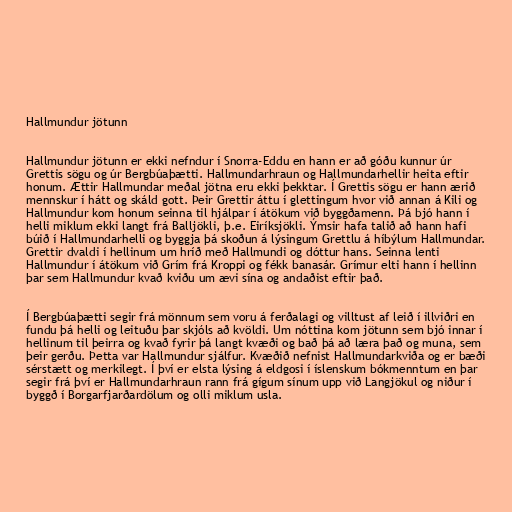
Hallmundur jötunn

Hallmundur jötunn er ekki nefndur í Snorra-Eddu en hann er að góðu kunnur úr
Grettis sögu og úr Bergbúaþætti. Hallmundarhraun og Hallmundarhellir heita eftir
honum. Ættir Hallmundar meðal jötna eru ekki þekktar. Í Grettis sögu er hann ærið
mennskur í hátt og skáld gott. Þeir Grettir áttu í glettingum hvor við annan á Kili og
Hallmundur kom honum seinna til hjálpar í átökum við byggðamenn. Þá bjó hann í
helli miklum ekki langt frá Balljökli, þ.e. Eiríksjökli. Ýmsir hafa talið að hann hafi
búið í Hallmundarhelli og byggja þá skoðun á lýsingum Grettlu á híbýlum Hallmundar.
Grettir dvaldi í hellinum um hríð með Hallmundi og dóttur hans. Seinna lenti
Hallmundur í átökum við Grím frá Kroppi og fékk banasár. Grímur elti hann í hellinn
þar sem Hallmundur kvað kviðu um ævi sína og andaðist eftir það.

Í Bergbúaþætti segir frá mönnum sem voru á ferðalagi og villtust af leið í illviðri en
fundu þá helli og leituðu þar skjóls að kvöldi. Um nóttina kom jötunn sem bjó innar í
hellinum til þeirra og kvað fyrir þá langt kvæði og bað þá að læra það og muna, sem
þeir gerðu. Þetta var Hallmundur sjálfur. Kvæðið nefnist Hallmundarkviða og er bæði
sérstætt og merkilegt. Í því er elsta lýsing á eldgosi í íslenskum bókmenntum en þar
segir frá því er Hallmundarhraun rann frá gígum sínum upp við Langjökul og niður í
byggð í Borgarfjarðardölum og olli miklum usla.